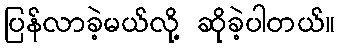
ပြန်လာခဲ့မယ်လို့ ဆိုခဲ့ပါတယ်။